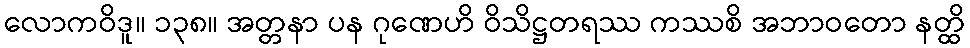
လောကဝိဒူ။ ၁၃၈။ အတ္တနာ ပန ဂုဏေဟိ ဝိသိဋ္ဌတရဿ ကဿစိ အဘာဝတော နတ္ထိ